Medical and sanitary report of the native army of Madras for the year
Year: 1872
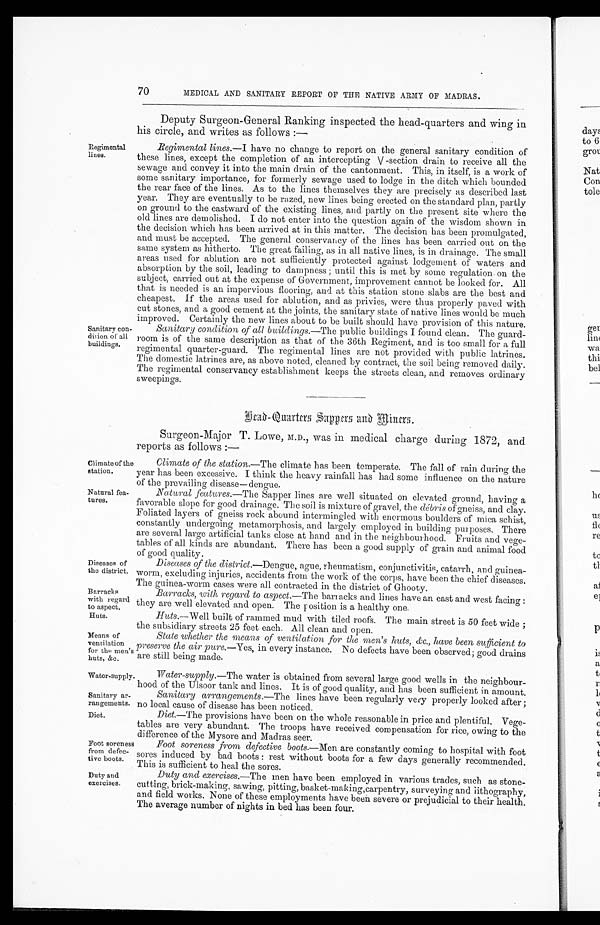
70
MEDICAL AND SANITARY REPORT OF THE NATIVE ARMY OF MADRAS.
Regimental
lines.
Sanitary con
-dition of all
buildings.
Deputy Surgeon-General Ranking inspected the head-quarters and wing in
his circle, and writes as follows :—
Regimental lines.—I h a v e n o c h a n g e t o r e p o r t o n t h e g e n e r a l s a n i t a r y c o n d i t i o n o f
these lines, except the completion of an intercepting V -section drain to receive all the
sewage and convey it into the main drain of the cantonment. This, in itself, is a work of
some sanitary importance, for formerly sewage used to lodge in the ditch which bounded
the rear face of the lines. As to the lines themselves they are precisely as described last
year. They are eventually to be razed, new lines being erected on the standard plan, partly
on ground to the eastward of the existing lines, and partly on the present site where the
old lines are demolished. I do not enter into the question again of the wisdom shown in
the decision which has been arrived at in this matter. The decision has been promulgated,
and must be accepted. The general conservancy of the lines has been carried out on the
same system as hitherto. The great failing, as in all native lines, is in drainage. The small
areas used for ablution are not sufficiently protected against lodgement of waters and
absorption by the soil, leading to dampness ; until this is met by some regulation on the
subject, carried out at the expense of Government, improvement cannot be looked for. All
that is needed is an impervious flooring, and at this station stone slabs are the best and
cheapest. If the areas used for ablution, and as privies, were thus properly paved with
cut stones, and a good cement at the joints, the sanitary state of native lines would be much
improved. Certainly the new lines about to be built should have provision of this nature.
Sanitary condition of all buildings.—The public buildings I found clean. The guard
-room is of the same description as that of the 36th Regiment, and is too small for a full
regimental quarter-guard. The regimental lines are not provided with public latrines.
The domestic latrines are, as above noted, cleaned by contract, the soil being removed daily.
The regimental conservancy establishment keeps the streets clean, and removes ordinary
sweepings.
Climate of the
station.
Natural fea
-tures.
Diseases of
the district.
Barracks
with regard
to aspect.
Huts.
R e a d Q u a r t e r s S u p p e r s a n d M i n e r s .
Surgeon-Major T . Lowe, M.D., was in medical charge during 1872, and
reports as follows :—
Climate of the station.—The climate has been temperate. The fall of rain during the
year has been excessive. I think the heavy rainfall has had some influence on the nature
of the prevailing disease—dengue.
Natural features.—The Sapper lines are well situated on elevated ground, having a
favorable slope for good drainage. The soil is mixture of gravel, the débris of gneiss, and clay.
Foliated layers of gneiss rock abound intermingled with enormous boulders of mica schist,
constantly undergoing metamorphosis, and largely employed in building purposes. There
are several large artificial tanks close at hand and in the neighbourhood. Fruits and vege
-tables of all kinds are abundant. There has been a good supply of grain and animal food
of good quality.
Diseases of the district. —Dengue, ague, rheumatism, conjunctivitis, catarrh, and guinea
-worm, excluding injuries, accidents from the work of the corps, have been the chief diseases.
The guinea-worm cases were all contracted in the district of Ghooty.
Barracks, with regard to aspect.—The banrracks and lines have an east and west facing :
they are well elevated and open. The position is a healthy one.
Huts.—Well built of rammed mud with tiled roofs. The main street is 50 feet wide ;
the subsidiary streets 25 feet each. All clean and open.
Means of
ventilation
for the men's
huts, &c.
State whether the means of ventilation for the men's huts, &c., have been sufficient to
preserve the air pure .—Yes, in every instance. No defects have been observed; good drains
are still being made.
Water-supply.
Sanitary ar
-rangements.
Diet.
Foot soreness
from defec
- t i v e b o o t s .
Water-supply.—The water is obtained from several large good wells in the neighbour-
hood of the Ulsoor tank and lines. It is of good quality, and has been sufficient in amount.
Santary arrangements.—The lines have been regularly very properly looked after ;
no local cause of disease has been noticed.
Diet. —The provisions have been on the whole reasonable in price and plentiful, Vege
-tables are very abundant. The troops have received compensation for rice, owing to the
difference of the Mysore and Madras seer.
Foot soreness from defective boots.— Men are constantly coming to hospital with foot
sores induced by bad boots : rest without boots for a few days generally recommended.
This is sufficient to heal the sores.
Duty and
exercises.
Duty and exercises.— The men have been employed in various trades, such as stone
- cut t i ng, br i ck- maki ng, s awi ng, pi t t i ng, bes ket - maki ng, car pent r y, s ur veyi ng and l i t hogr aphy,
and field works. None of these employments have been severe or prejudicial to their health.
The average number of nights in bed has been four.